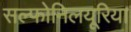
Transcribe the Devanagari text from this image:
सल्फोनिलयूरिया